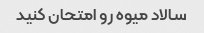
سالاد میوه رو امتحان کنید